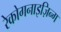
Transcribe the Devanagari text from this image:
रेकोगनाइज़िन्ग